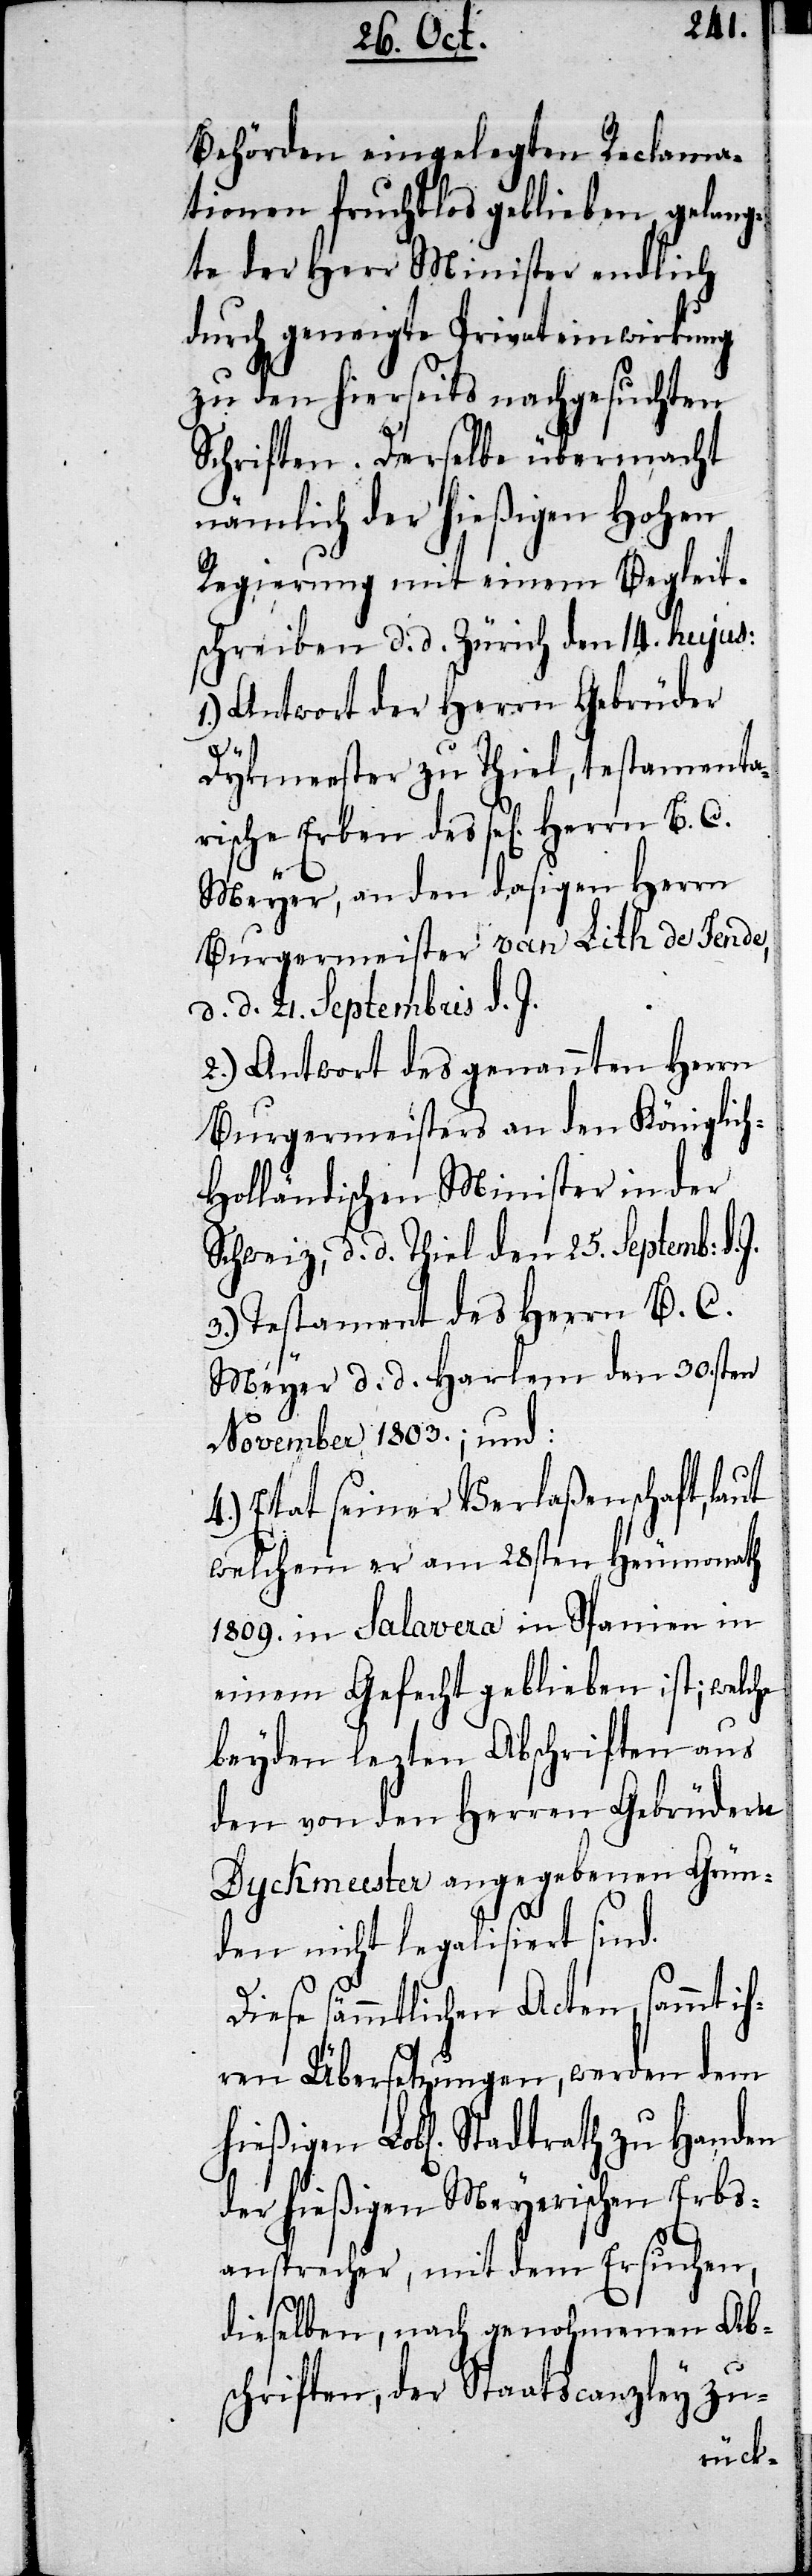
Behörden eingelegten Reclama¬
tionen fruchtlos geblieben, gelang¬
te der Herr Minister endlich
durch geneigte Privateinwirkung
zu den hierseits nachgesuchten
Schriften. Derselbe übermacht
nämlich der hießigen Hohen
Regierung mit einem Begleit¬
schreiben d. d. Zürich den 14ten hujus:
1.) Antwort der Herrn Gebrüder
Dykmeester zu Thiel, testamenta¬
rische Erben des sel. Herrn B. C.
Meyer, an den dasigen Herrn
Burgermeister van Lith de Fende,
d. d. 21. Septembris.
2.) Antwort des genannten Herrn
Burgermeisters an den Königlic¬
h-Holländischen Minister in der
Schweiz, d. d. Thiel den 25. Septemb. d.
3.) Testament des Herrn B. C.
Meyer d. d. Harlem den 30sten
November 1803.; und:
4.) Etat seiner Verlaßenschaft, laut
welchem er am 28sten Heumonath
1809. in Salavera in Spanien in
einem Gefecht geblieben ist; welche
beyden lezten Abschriften aus
den von den Herren Gebrüdern
Dyckmeßter angegebenen Grün¬
den nicht legalisiert sind.
Diese sämmtlichen Acten, sammt ih¬
ren Übersetzungen, werden dem
hießigen Lobl. Stadtrath zu Handen
der hießigen Meyerischen Erbs¬
ansprecher, mit dem Ersuchen,
dieselben, nach genohmenen Abs¬
chriften, der Staatscanzley zu-